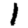
Digit: 1